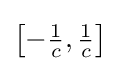
{\bigl [}{-{\tfrac {1}{c}}},{\tfrac {1}{c}}{\bigr ]}